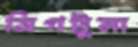
সিগটুনা